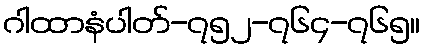
ဂါထာနံပါတ်-၇၅၂-၇၆၄-၇၆၅။